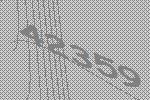
42359